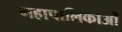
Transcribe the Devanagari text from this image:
महापालिकाओं